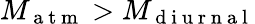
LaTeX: M_{\mathrm{~a~t~m~}}>M_{\mathrm{~d~i~u~r~n~a~l~}}